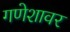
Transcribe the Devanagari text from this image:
गणेशावर